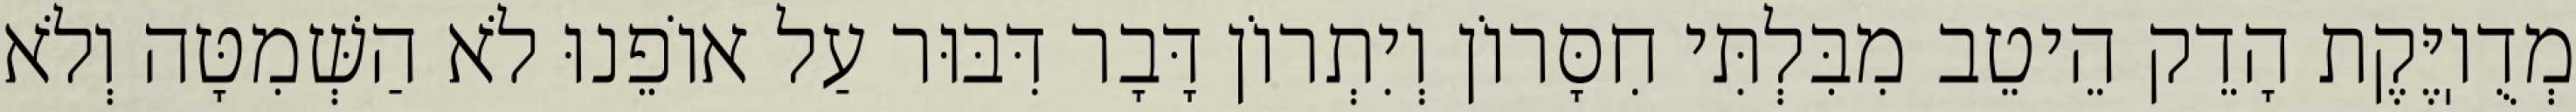
מְדֻוֽיֶּקֶת הָדֵק הֵיטֵב מִבִּלְתִּי חִסָּרוֹן וְיִתְרוֹן דָּבָר דִּבּוּר עַל אוֹפֵנוּ לֹא הַשְּׁמִטָּה וְלֹא